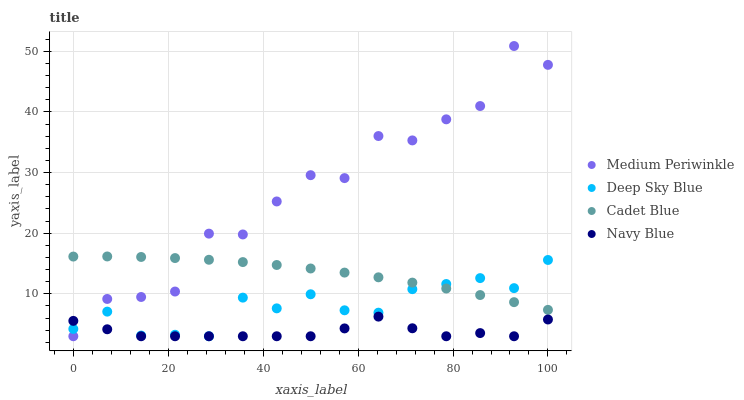
| xaxis_label | Medium Periwinkle | Deep Sky Blue | Cadet Blue | Navy Blue |
 | --- | --- | --- | --- | --- |
 | 0 | 3 | 4.21 | 16.1 | 5.53 |
 | 7.14 | 9.15 | 7.06 | 16.2 | 4.15 |
 | 14.3 | 9.47 | 3.11 | 16.1 | 3 |
 | 21.4 | 10.4 | 3.25 | 15.9 | 3 |
 | 28.6 | 19.9 | 3 | 15.6 | 3 |
 | 35.7 | 19.8 | 9.37 | 15.2 | 3 |
 | 42.9 | 25.2 | 7.6 | 14.8 | 3 |
 | 50 | 29.6 | 9.92 | 14.2 | 3 |
 | 57.1 | 29.1 | 7.28 | 13.5 | 4.29 |
 | 64.3 | 36 | 6.89 | 12.7 | 6.24 |
 | 71.4 | 35.3 | 10.8 | 11.8 | 4.32 |
 | 78.6 | 38.8 | 11.6 | 10.9 | 3 |
 | 85.7 | 41 | 12.6 | 9.8 | 3.52 |
 | 92.9 | 50.9 | 10.9 | 8.62 | 3 |
 | 100 | 47.8 | 15.6 | 7.35 | 5.76 |